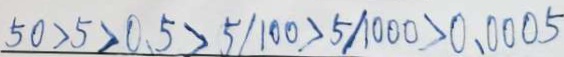
5 0 > 5 > 0 . 5 > 5 / 1 0 0 > 5 / 1 0 0 0 > 0 . 0 0 0 5